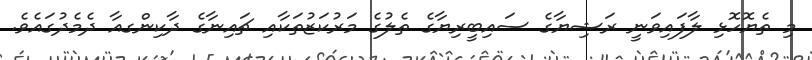
މި ތެޔޮހޮޅި ލާފައިވަނީ ރަޝިޔާގެ ސައިބީރިޔާގެ ތެލުގެ މަރުކަޒުތަކާއި ޗައިނާގެ ދާކިންގއާ ދެމެދުގައެވެ.